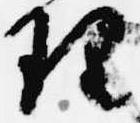
理